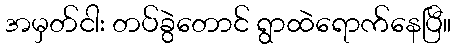
အမှတ်ငါး တပ်ခွဲတောင် ရွာထဲရောက်နေပြီ။